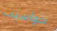
حواسيب